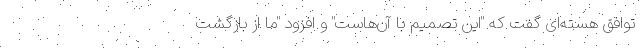
توافق هسته‌ای گفت که "این تصمیم با آن‌هاست" و افزود "ما از بازگشت